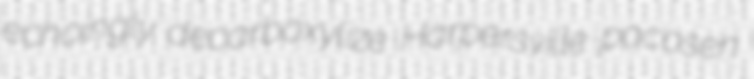
echoingly decarboxylize Harpersville pocosen